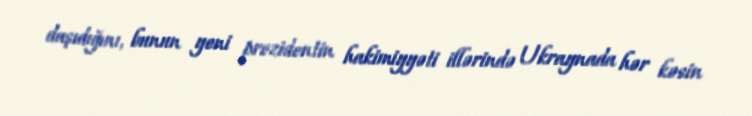
daşıdığını, bunun yeni prezidentin hakimiyyəti illərində Ukraynada hər kəsin